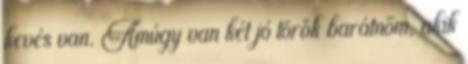
kevés van. Amúgy van két jó török barátnőm, akik